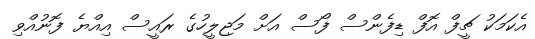
އެކަމަކު ޗީފް އޮފް ޑިފެންސް ފޯސް އަށް މަޖިލީހުގެ ރައީސް އިއްޔެ ފޮނުއްވި